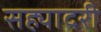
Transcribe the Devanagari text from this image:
सह्यादरी